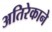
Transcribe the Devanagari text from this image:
अतिरेकाने